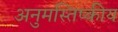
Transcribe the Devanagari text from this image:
अनुमस्तिष्‍कीय